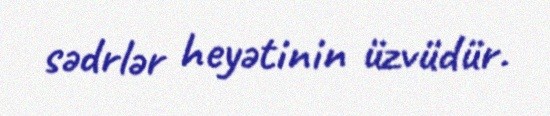
sədrlər heyətinin üzvüdür.